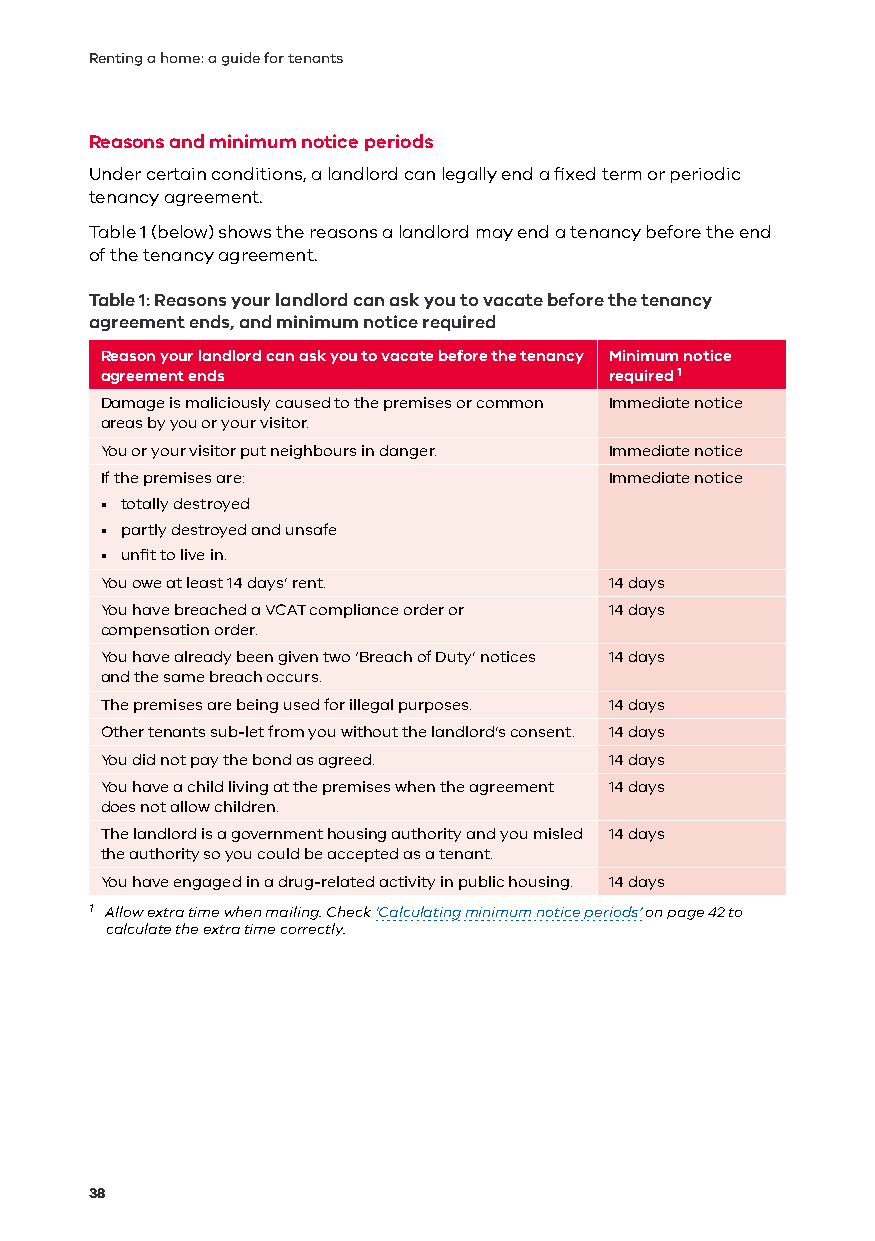
Renting a home: a guide for tenants
 Reasons and minimum notice periods
 Under certain conditions, a landlord can legally end a fixed term or periodic
 tenancy agreement.
 Table 1 (below) shows the reasons a landlord may end a tenancy before the end
 of the tenancy agreement.
 Table 1: Reasons your landlord can ask you to vacate before the tenancy
 agreement ends, and minimum notice required
 Reason your landlord can ask you to vacate before the tenancy Minimum notice
 agreement ends                   required1
 Damage is maliciously caused to the premises or common Immediate notice
 areas by you or your visitor.
 You or your visitor put neighbours in danger. Immediate notice
 If the premises are:             Immediate notice
 • totally destroyed
 • partly destroyed and unsafe
 • unfit to live in.
 You owe at least 14 days’ rent.  14 days
 You have breached a VCAT compliance order or 14 days
 compensation order.
 You have already been given two ‘Breach of Duty’ notices 14 days
 and the same breach occurs.
 The premises are being used for illegal purposes. 14 days
 Other tenants sub-let from you without the landlord’s consent. 14 days
 You did not pay the bond as agreed. 14 days
 You have a child living at the premises when the agreement 14 days
 does not allow children.
 The landlord is a government housing authority and you misled 14 days
 the authority so you could be accepted as a tenant.
 You have engaged in a drug-related activity in public housing. 14 days
 1 Allow extra time when mailing. Check ‘Calculating minimum notice periods’ on page 42 to
 calculate the extra time correctly.
 38